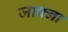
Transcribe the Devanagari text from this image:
जाफ्ना